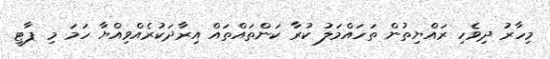
މިހާރު ދިވެހި ރައްޔިތުން ތަހައްމަލު ކުރާ ކަންތައްތައް އިރާދަކުރެއްވިއްޔާ ހަމަ މި ޕާޓީ